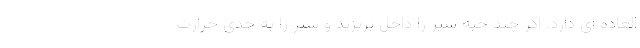
العاده ای دارد. اگر چند حبه سیر را داخل بریزید و شیر را به حدی حرارت